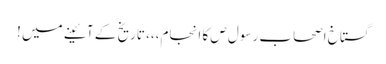
گستاخ اصحاب رسول ص کا انجام،،، تاریخ کے آئینے میں !